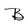
Character: B